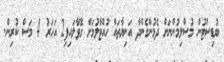
ބުޑިސްޓުން މުސްލިމުންނަށް ދެމުންގެންދާ އަނިޔާތައް ހުއްޓާލުމަށް ގޮވާލައިފި2 އަހަރު 4 މަސް ކުރިން.